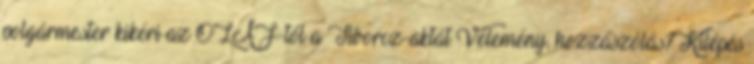
polgármester kikéri az OLAF-tól a Tiborcz-aktát Vélemény, hozzászólás? Kilépés